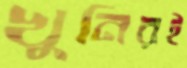
খুনিরই